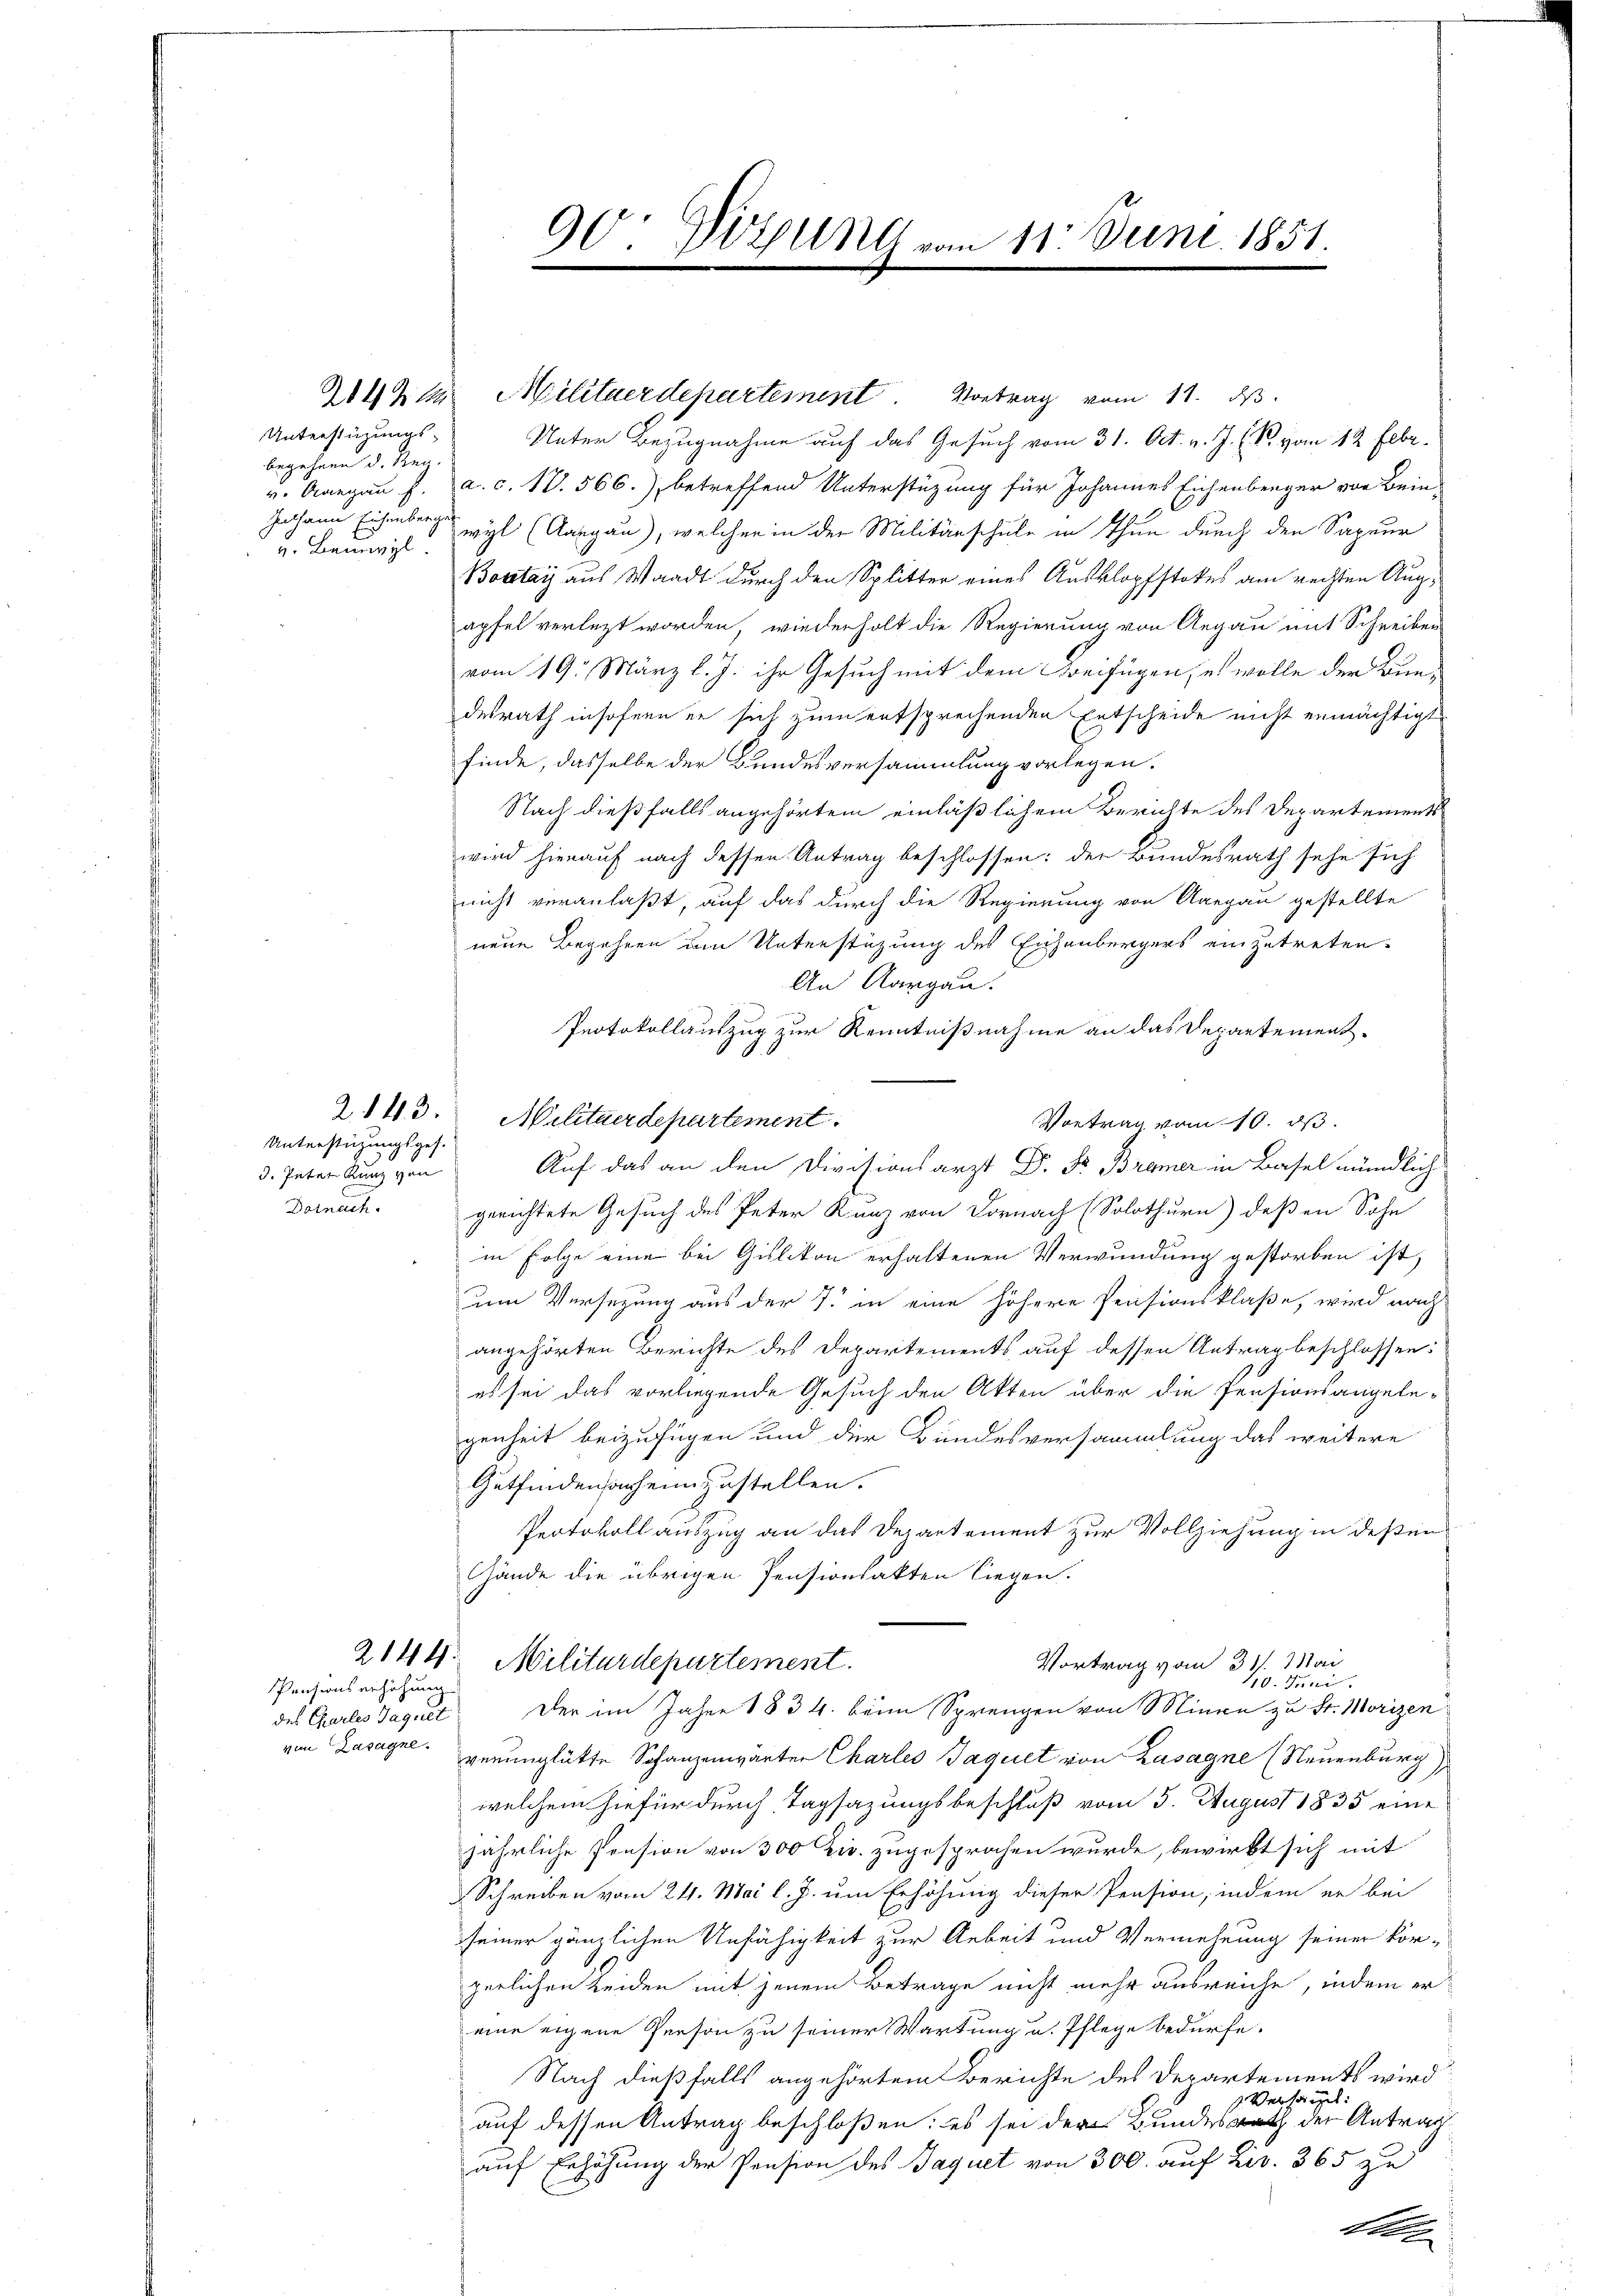
Unterstüzungs-
begehren d. Reg.
u. Beinwyl

Unterstüzungsges.
3. Peter Kunz von
Dornach

des Charles Taguet

Pensionserhöhung

204 Klar Militaerdepartement Vortrag vom 11. ds.
Unter Bezugnahme auf das Gesuch vom 31. Oct. v. J. R. vom 12. Febr.
v. Aargau f. a. c. 10. 566.) betreffend Unterstüzung für Johannes Eichenberger von Bein-
Johann Eisenberg wyl (Aargau), welcher in der Militärschule in Thun durch den Sapeur
Boctay aus Waadt durch den Splitter eines Ausklopfstokes am rechten Augäpfel verletzt worden, wiederholt die Regierung von Argau mit Schreiben
vom 19. März l. J. ihr Gesuch mit dem Beifügen, es wolle der Bundesrath insofern er sich zum entsprechenden Entscheide nicht ermächtigt
finde, dasselbe der Bundesversammlung vorlegen.
Nach dießfalls angehörtem einläßlichem Berichte des Departement
wird hierauf nach dessen Antrag beschlossen: der Bundesrath sehe sich
nicht veranlaßt, auf das durch die Regierung von Aargau gestellte
neue Begehren um Unterstüzung des Eichenbergers einzutreten.
An Aargau.
Protokollauszug zur Kenntnißnahme an das Departement¬
2143. Militaerdepartement.
Vortrag vom 10. ds.
Auf das an den Divisionsarzt Dr. Fr. Brämer in Basel mündlich
gerichtete Gesuch des Peter Kunz von Dornach (Solothurn) deßen Sohn
in Folge eine bei Gulikon erhaltenen Verwundung gestorben ist,
un Versezung aus der 7. in eine höhere Pensionsklaße, wird nach
angehörten Berichte des Departements auf dessen Antrag beschlossen:
es sei das vorliegende Gesuch den Akten über die Pensionsangelegenheit beizufügen und der Bundesversammlung das weitere
Gutfindensachen zustellen.
Protokoll auszug an das Departement zur Vollziehung in deßen
Gände die übrigen Pensionsakten liegen.
2144 Militärdepartement.
Vortrag vom 31. Mai
110. Juni
Der im Jahre 1834. beim Sprengen von Minen zu St. Morizen
von Zusagne. verunglükte Schanzenwärter Charles Tagult von Zasagne (Neuenburg),
welchem hiefür durch Tagsazungsbeschluß vom 5. August 1835 eine
jährliche Pension von 300 Zi. zugesprochen wurde, bewirkt sich mit
Schreiben vom 24. Mai l. J. um Erhöhung dieser Pension, indem er bei
seiner gänzlichen Unfähigkeit zur Arbeit und Vermehrung seiner kör-
perlichen Leiden mit jenem Betrage nicht mehr ausreiche, indem ereine eigene Person zu seiner Wartung u. Pflege bedürfe.
Nach dießfalls angehörtem Berichte des Departements wird
2 Versagt:
auf dessen Antrag beschloßen: es sei der Bundesrath der Antrag
auf Erhöhung der Pension des Baquet von 300. auf Liv. 365 zu

90: Vitsunt vom 11. Juni 1851